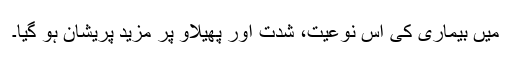
میں بیماری کی اس نوعیت، شدت اور پھیلاؤ پر مزید پریشان ہو گیا۔